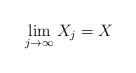
LaTeX: \begin{align*}\lim_{j\rightarrow \infty} X_j =X\end{align*}